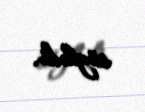
söylədi.